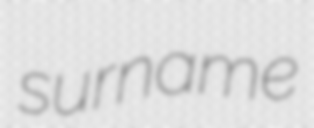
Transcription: surname